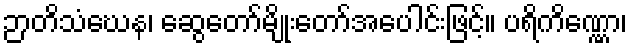
ဉာတိသံဃေန၊ ဆွေတော်မျိုးတော်အပေါင်းဖြင့်။ ပရိကိဏ္ဏော၊